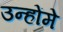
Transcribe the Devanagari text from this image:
उन्होंमे